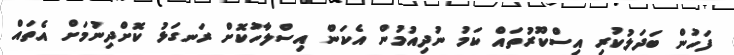
ފަހުން ބަދަލުކުރި އިސްކޫރުތައް ކަމު ނުދިއުމުން އެކަން އިސްލާހުކޮށް ރަނގަޅު ކޮށްދިނުމަށް އެތައް